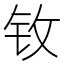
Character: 𮷺